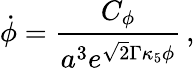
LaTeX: \dot{\phi}={\frac{C_{\phi}}{a^{3}e^{\sqrt{2}\Gamma\kappa_{5}\phi}}}\, ,